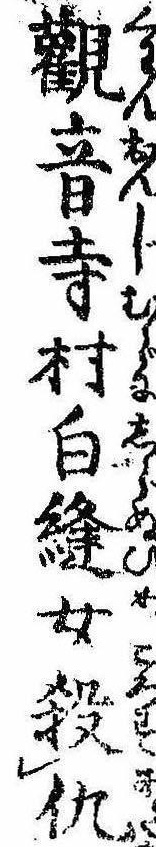
観音寺村白縫女殺仇